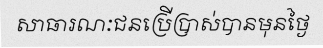
សាធារណៈជនប្រើប្រាស់បានមុនថ្ងៃ